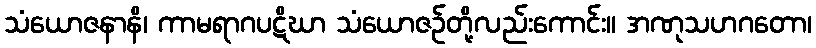
သံယောဇနာနိ၊ ကာမရာဂပဋိဃာ သံယောဇဉ်တို့လည်းကောင်း။ အဏုသဟဂတော၊